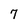
Character: 7